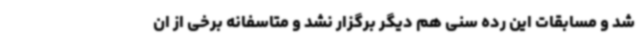
شد و مسابقات این رده سنی هم دیگر برگزار نشد و متاسفانه برخی از ان